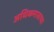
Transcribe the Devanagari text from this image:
अधिकमासाच्या